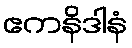
ဧကနိဒါနံ